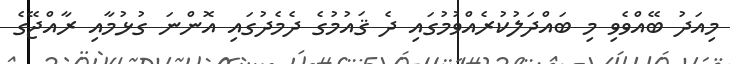
މިއަދު ބޭއްވެވި މި ބައްދަލުކުރެއްވުމުގައި ދެ ޤައުމުގެ ދެމެދުގައި އޮންނަ ގުޅުމާއި ރާއްޖޭގެ